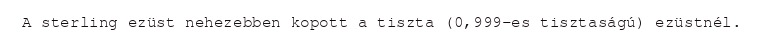
A sterling ezüst nehezebben kopott a tiszta (0,999-es tisztaságú) ezüstnél.